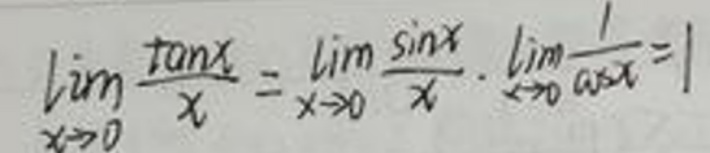
\[
\lim_{x \to 0} \frac{\tan x}{x} = \lim_{x \to 0} \frac{\sin x}{x} \cdot \lim_{x \to 0} \frac{1}{\cos x} = 1
\]